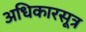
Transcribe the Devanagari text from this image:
अधिकारसूत्र